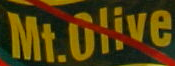
Mt.Olive